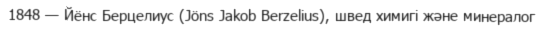
1848 — Йёнс Берцелиус (Jöns Jakob Berzelius), швед химигi және минералог